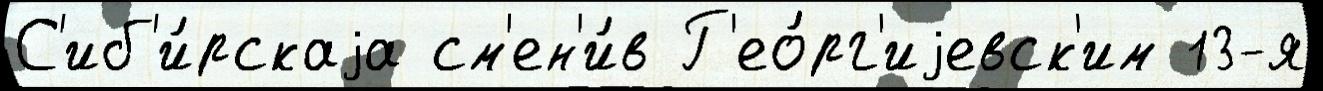
С'иб'и́рскаjа см'ен'и́в Г'ео́рг'иjевск'им 13-я